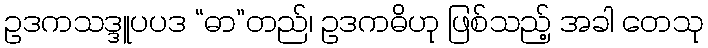
ဥဒကသဒ္ဒူပပဒ “ဓာ”တည်၊ ဥဒကဓိဟု ဖြစ်သည့် အခါ တေသု